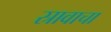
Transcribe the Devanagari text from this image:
स्रावाचा